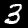
Label: 3